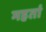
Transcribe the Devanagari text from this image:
महतां